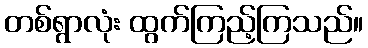
တစ်ရွာလုံး ထွက်ကြည့်ကြသည်။